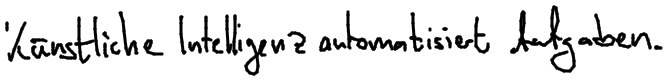
Künstliche Intelligenz automatisiert Aufgaben.